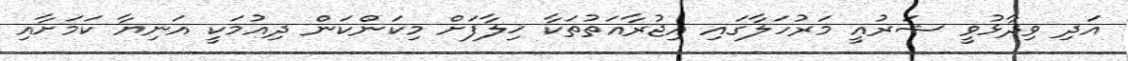
އަދި ވިދާޅުވީ ޝަރުއީ މަރުހަލާގައި އިޖުރާއަތުތަކާ ޚިލާފަށް މިކަންކަން ދިއުމަކީ އަނިޔާ ކަމަށާއި